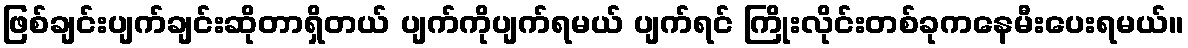
ဖြစ်ချင်းပျက်ချင်းဆိုတာရှိတယ် ပျက်ကိုပျက်ရမယ် ပျက်ရင် ကြိုးလိုင်းတစ်ခုကနေမီးပေးရမယ်။